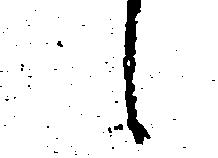
候